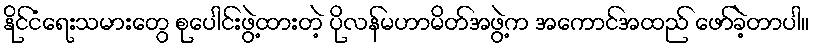
နိုင်ငံရေးသမားတွေ စုပေါင်းဖွဲ့ထားတဲ့ ပိုလန်မဟာမိတ်အဖွဲ့က အကောင်အထည် ဖော်ခဲ့တာပါ။